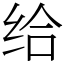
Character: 给